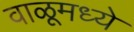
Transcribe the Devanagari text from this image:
वाळूमध्ये